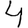
Digit: 4